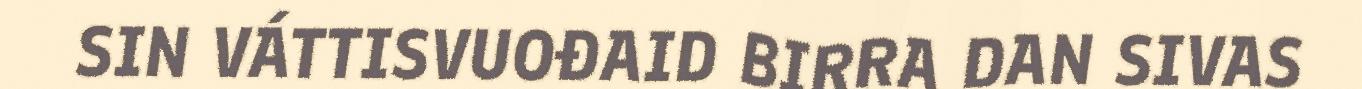
SIN VÁTTISVUOĐAID BIRRA DAN SIVAS